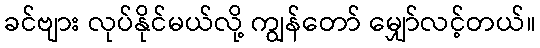
ခင်ဗျား လုပ်နိုင်မယ်လို့ ကျွန်တော် မျှော်လင့်တယ်။